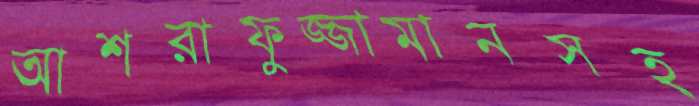
আশরাফুজ্জামানসহ